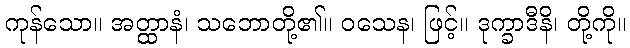
ကုန်သော။ အတ္ထာနံ၊ သဘောတို့၏။ ဝသေန၊ ဖြင့်။ ဒုက္ခာဒီနိ၊ တို့ကို။